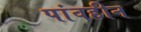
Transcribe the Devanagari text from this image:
पांवहीन